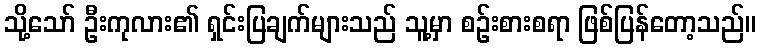
သို့သော် ဦးကုလား၏ ရှင်းပြချက်များသည် သူ့မှာ စဉ်းစားစရာ ဖြစ်ပြန်တော့သည်။